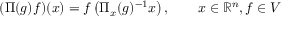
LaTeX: ( \Pi ( g ) f ) ( x ) = f \left( \Pi _ { x } ( g ) ^ { - 1 } x \right) , \qquad x \in \mathbb { R } ^ { n } , f \in V